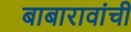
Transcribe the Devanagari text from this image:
बाबारावांची